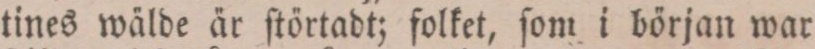
tines wälde är ſtörtadt; folket, ſom i början war